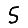
Digit: 5